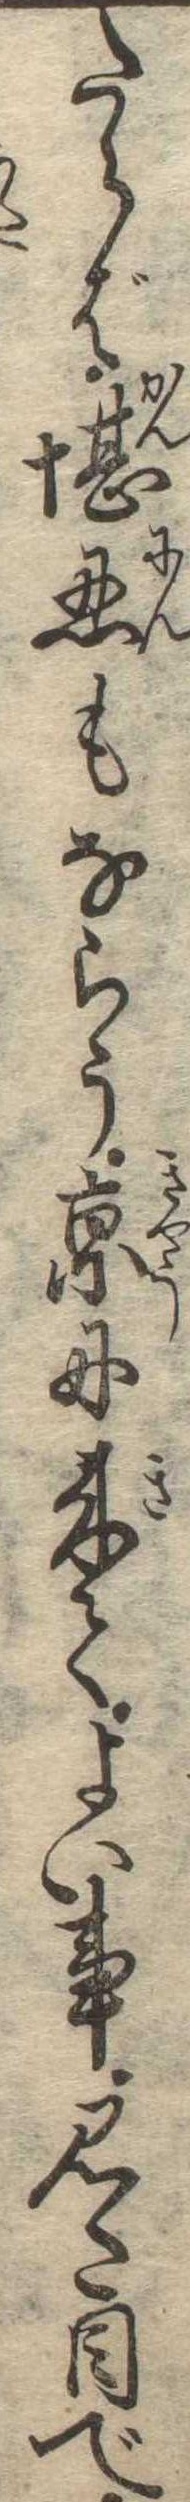
たらば堪忍もならう京に来てよい事見た目で